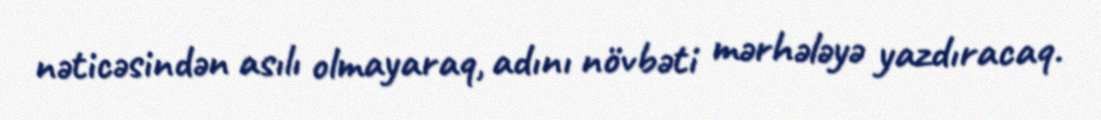
nəticəsindən asılı olmayaraq, adını növbəti mərhələyə yazdıracaq.